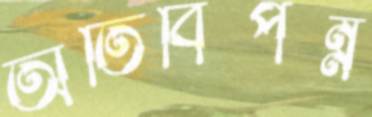
অতিবিপন্ন